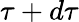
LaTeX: \tau+d\tau